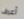
أعرف